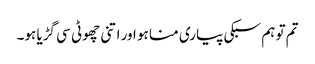
تم تو ہم سبکی پیاری منا ہو اور اتنی چھوٹی سی گڑیا ہو۔